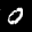
Label: 0